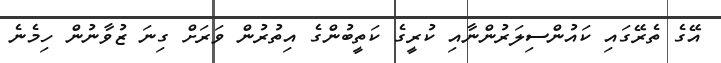
އޭގެ ތެރޭގައި ކައުންސިލަރުންނާއި ކުރީގެ ކަތީބުންގެ އިތުރުން ވަރަށް ގިނަ ޒުވާނުން ހިމެނެ